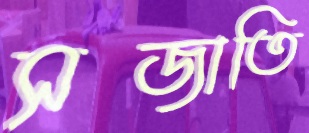
সজাতি